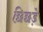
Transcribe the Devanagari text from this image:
छिछड़े